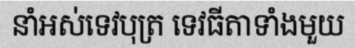
នាំអស់ទេវបុត្រ ទេវធីតាទាំងមួយ